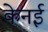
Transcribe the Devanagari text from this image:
केनई